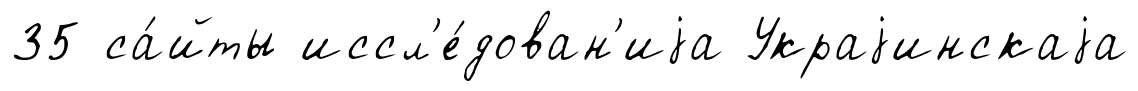
35 са́йты иссл'е́дован'иjа Украjинскаjа